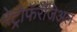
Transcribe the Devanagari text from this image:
रेट्रोफॅरेंजिअल